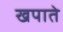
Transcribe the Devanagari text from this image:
खपाते